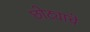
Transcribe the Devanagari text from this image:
छोट्याचे